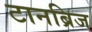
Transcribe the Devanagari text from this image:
टानब्रिज